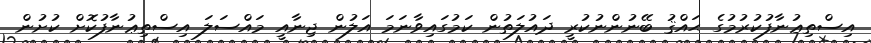
އިސްތިޢުނާފުކުރުމުގެ ޙައްޤު ބޭނުންނުކުރީ ދައުލަތުން ކަމުގައިވާނަމަ އަލުން ޖިނާއީ މައްސަލަ އިސްތިޢުނާފުކޮށް ކުށުން